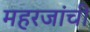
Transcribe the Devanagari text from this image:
महरजांची